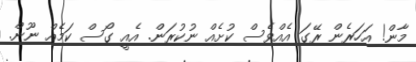
މާން! އަހަރެން ރޭގަ އެއްވެސް ކުށެއް ނުކުރަން. އެއީ ގޯސް ކަމެއް ނޫން.